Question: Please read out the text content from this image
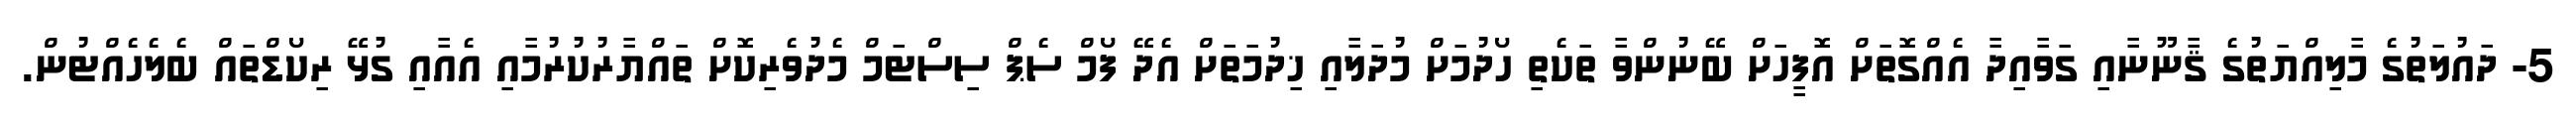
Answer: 5- ދައުލަތުގެ މާލިއްޔަތުގެ ޤާނޫނާއި ގަވާއިދާ އެއްގޮތަށް އޮފީހަށް ބޭނުންވާ ތަކެތި ހޯދުމަށް މުދަލާއި ޚިދުމަތަށް އެދޭ ފޯމް ސެޕް ސިސްޓަމް މެދުވެރިކޮށް ތައްޔާރުކުރުމާއި އެއާއި ގުޅޭ ރިކޯޑްތައް ބެލެހެއްޓުން.